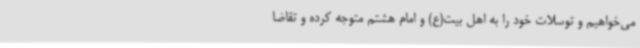
می‌خواهیم و توسلات خود را به اهل بیت(ع) و امام هشتم متوجه کرده و تقاضا